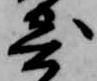
寄